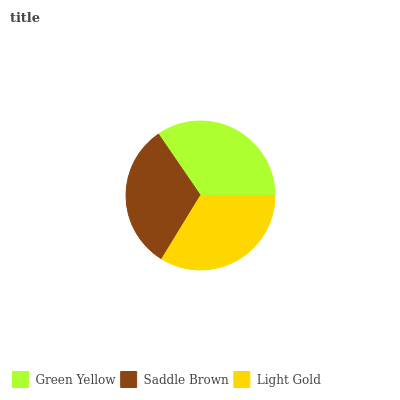
| Green Yellow | Saddle Brown | Light Gold |
 | --- | --- | --- |
 | 34.6% | 31.7% | 33.8% |